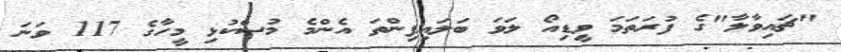
"ޗައިވާލާ"ގެ ފުރަތަމަ ވީޑިއޯ ލަވަ ބަލައިފިންތަ އެންމެ މުސްކުޅި މީހާގެ 117 ވަނަ